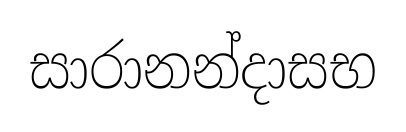
සාරානන්දාසභ